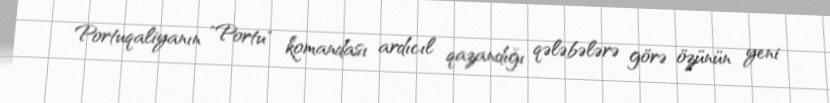
Portuqaliyanın "Portu" komandası ardıcıl qazandığı qələbələrə görə özünün yeni